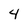
Character: 4